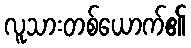
လူသားတစ်ယောက်၏